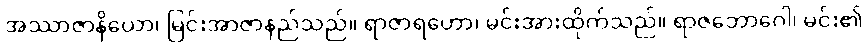
အဿာဇာနိယော၊ မြင်းအာဇာနည်သည်။ ရာဇာရဟော၊ မင်းအားထိုက်သည်။ ရာဇဘောဂေါ၊ မင်း၏